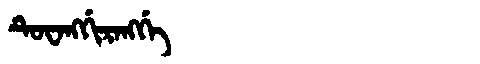
Manchu: ᡨᡠᠸᠠᠩᡤᡳᡵᠠᠩᡤᡝ
Romanization: TUWANGGIRANGGE